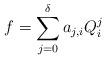
LaTeX: \begin{align*}f=\sum\limits_{j=0}^\delta a_{j,i}Q_i^j\end{align*}